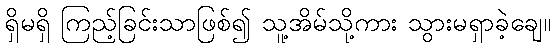
ရှိမရှိ ကြည့်ခြင်းသာဖြစ်၍ သူ့အိမ်သို့ကား သွားမရှာခဲ့ချေ။